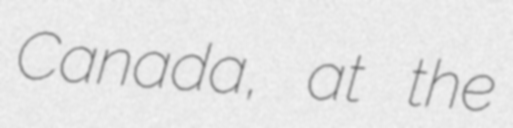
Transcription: Canada, at the